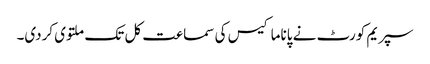
سپریم کورٹ نے پاناما کیس کی سماعت کل تک ملتوی کردی۔